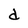
Character: d